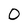
Character: O